Civil Veterinary Dept. Bombay admin report 1900-1906 - 1900-1906
Year: 1900
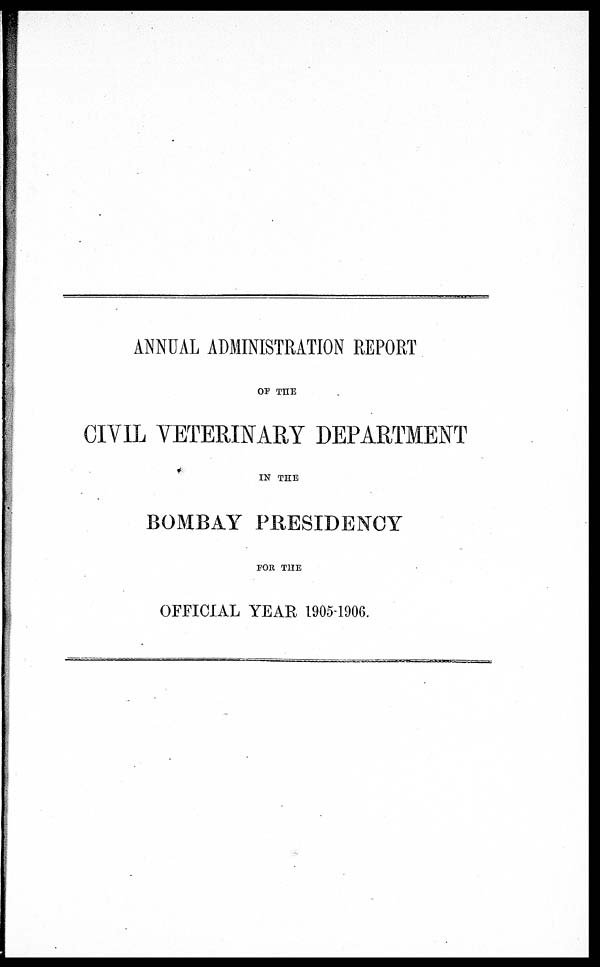
ANNUAL ADMINISTRATION REPORT
OF THE
CIVIL VETERINARY DEPARTMENT
IN THE
BOMBAY PRESIDENCY
FOR THE
OFFICIAL YEAR 1905-1906.